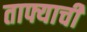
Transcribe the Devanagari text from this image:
ताफ्याची